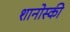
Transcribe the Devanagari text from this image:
शानोस्की